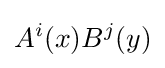
A^{i}(x)B^{j}(y)